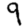
Digit: 9